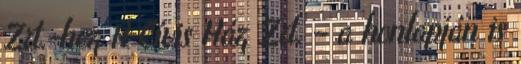
Zrt.-hez A Cívis Ház Zrt. – a honlapján is